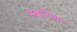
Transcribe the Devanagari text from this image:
नवलेला